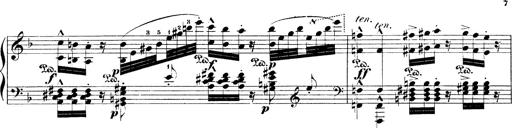
Title: Illustrations de l'opÃ©ra L'Africaine
Composer: Franz Liszt